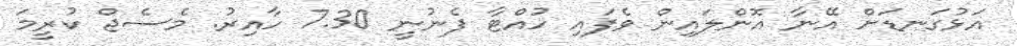
އަޅުގަނޑަށް އޭނާ އޮންލައިން ވެފައި ހުއްޓާ ފެނުނީ 7.30 ހާއިރު. މެސެޖް ކުރީމަ